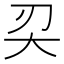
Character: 𠛇